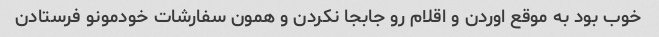
خوب بود به موقع اوردن و اقلام رو جابجا نکردن و همون سفارشات خودمونو فرستادن